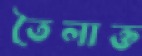
তৈলাক্ত